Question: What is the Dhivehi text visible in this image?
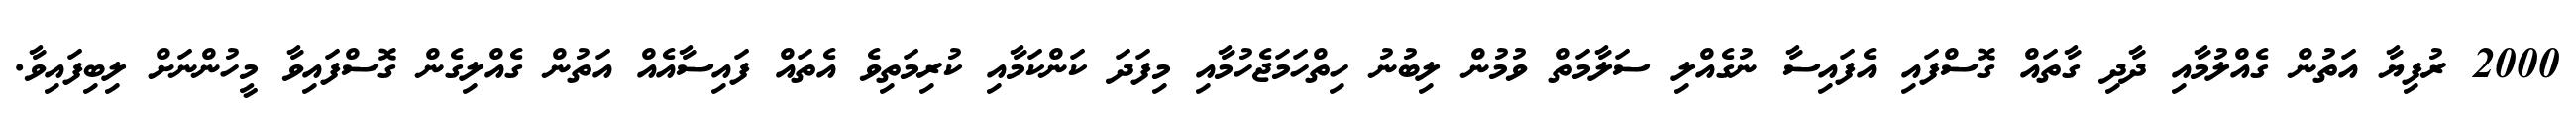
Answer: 2000 ރުފިޔާ އަތުން ގެއްލުމާއި ދާދި ގާތައް ގޮސްފައި އެފައިސާ ނުގެއްލި ސަލާމަތް ވުމުން ލިބުނު ހިތްހަމަޖެހުމާއި މިފަދަ ކަންކަމާއި ކުރިމަތިވެ އެތައް ފައިސާއެއް އަތުން ގެއްލިގެން ގޮސްފައިވާ މީހުންނަށް ލިބިފައިވާ.